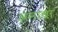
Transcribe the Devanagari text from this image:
अनाचा